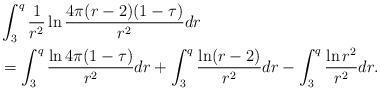
LaTeX: \begin{align*}&\int_{3}^{q}\frac{1}{r^{2}}\ln\frac{4\pi(r-2)(1-\tau)}{r^{2}}dr\\&=\int_{3}^{q}\frac{\ln4\pi(1-\tau)}{r^{2}}dr+\int_{3}^{q}\frac{\ln(r-2)}{r^{2}}dr-\int_{3}^{q}\frac{\ln r^{2}}{r^{2}}dr.\end{align*}